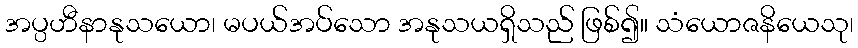
အပ္ပဟီနာနုသယော၊ မပယ်အပ်သော အနုသယရှိသည် ဖြစ်၍။ သံယောဇနိယေသု၊